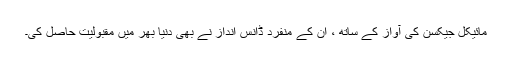
مائیکل جیکسن کی آواز کے ساتھ ، ان کے منفرد ڈانس انداز نے بھی دنیا بھر میں مقبولیت حاصل کی۔